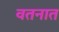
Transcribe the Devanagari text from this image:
वतनात